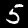
Digit: 5